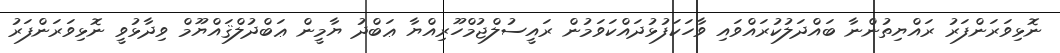
ނޮޅިވަރަންފަރު ރައްޔިތުންނާ ބައްދަލުކުރައްވައި ވާހަކަފުޅުދައްކަވަމުން ރައީސުލްޖުމްހޫރިއްޔާ ޢަބްދު ޔާމީން ޢަބްދުލްޤައްޔޫމް ވިދާޅުވީ ނޮޅިވަރަންފަރު